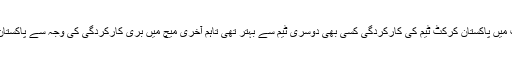
ان کا کہنا تھا کہ ٹی ٹونٹی ورلڈ کپ میں پاکستان کرکٹ ٹیم کی کارکردگی کسی بھی دوسری ٹیم سے بہتر تھی تاہم آخری میچ میں بری کارکردگی کی وجہ سے پاکستان ورلڈ کپ کی دوڑ سے باہر ہو گیا۔